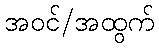
အဝင်/အထွက်